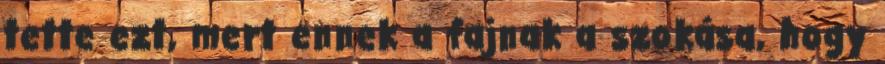
tette ezt, mert ennek a fajnak a szokása, hogy